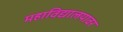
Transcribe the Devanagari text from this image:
महाविद्यालयावर